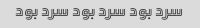
سرد بود سرد بود سرد بود